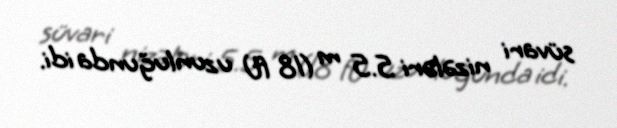
süvari nizələri 5.5 m (18 ft) uzunluğunda idi.